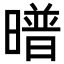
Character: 𭧱